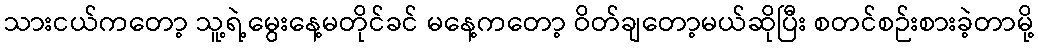
သားငယ်ကတော့ သူ့ရဲ့မွေးနေ့မတိုင်ခင် မနေ့ကတော့ ဝိတ်ချတော့မယ်ဆိုပြီး စတင်စဉ်းစားခဲ့တာမို့